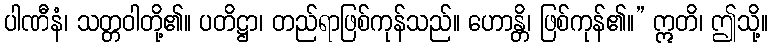
ပါဏီနံ၊ သတ္တဝါတို့၏။ ပတိဋ္ဌာ၊ တည်ရာဖြစ်ကုန်သည်။ ဟောန္တိ၊ ဖြစ်ကုန်၏။” ဣတိ၊ ဤသို့။